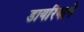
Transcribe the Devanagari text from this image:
डायरियाने